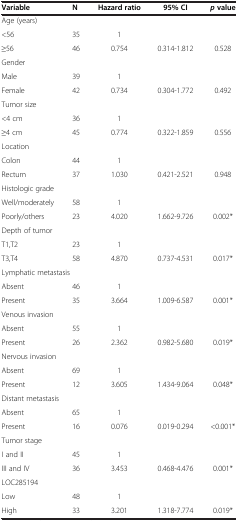
<table><thead><tr><td><b>Variable</b></td><td><b>N</b></td><td><b>Hazard ratio</b></td><td><b>95% CI</b></td><td><b><i>p </i>value</b></td></tr></thead><tbody><tr><td colspan="2">Age (years)</td><td> </td><td> </td><td> </td></tr><tr><td>&lt;56</td><td>35</td><td>1</td><td> </td><td> </td></tr><tr><td>≥56</td><td>46</td><td>0.754</td><td>0.314-1.812</td><td>0.528</td></tr><tr><td>Gender</td><td> </td><td> </td><td> </td><td> </td></tr><tr><td>Male</td><td>39</td><td>1</td><td> </td><td> </td></tr><tr><td>Female</td><td>42</td><td>0.734</td><td>0.304-1.772</td><td>0.492</td></tr><tr><td colspan="2">Tumor size</td><td> </td><td> </td><td> </td></tr><tr><td>&lt;4 cm</td><td>36</td><td>1</td><td> </td><td> </td></tr><tr><td>≥4 cm</td><td>45</td><td>0.774</td><td>0.322-1.859</td><td>0.556</td></tr><tr><td>Location</td><td> </td><td> </td><td> </td><td> </td></tr><tr><td>Colon</td><td>44</td><td>1</td><td> </td><td> </td></tr><tr><td>Rectum</td><td>37</td><td>1.030</td><td>0.421-2.521</td><td>0.948</td></tr><tr><td colspan="2">Histologic grade</td><td> </td><td> </td><td> </td></tr><tr><td>Well/moderately</td><td>58</td><td>1</td><td> </td><td> </td></tr><tr><td>Poorly/others</td><td>23</td><td>4.020</td><td>1.662-9.726</td><td>0.002*</td></tr><tr><td colspan="2">Depth of tumor</td><td> </td><td> </td><td> </td></tr><tr><td>T1,T2</td><td>23</td><td>1</td><td> </td><td> </td></tr><tr><td>T3,T4</td><td>58</td><td>4.870</td><td>0.737-4.531</td><td>0.017*</td></tr><tr><td colspan="2">Lymphatic metastasis</td><td> </td><td> </td><td> </td></tr><tr><td>Absent</td><td>46</td><td>1</td><td> </td><td> </td></tr><tr><td>Present</td><td>35</td><td>3.664</td><td>1.009-6.587</td><td>0.001*</td></tr><tr><td colspan="2">Venous invasion</td><td> </td><td> </td><td> </td></tr><tr><td>Absent</td><td>55</td><td>1</td><td> </td><td> </td></tr><tr><td>Present</td><td>26</td><td>2.362</td><td>0.982-5.680</td><td>0.019*</td></tr><tr><td colspan="2">Nervous invasion</td><td> </td><td> </td><td> </td></tr><tr><td>Absent</td><td>69</td><td>1</td><td> </td><td> </td></tr><tr><td>Present</td><td>12</td><td>3.605</td><td>1.434-9.064</td><td>0.048*</td></tr><tr><td colspan="2">Distant metastasis</td><td> </td><td> </td><td> </td></tr><tr><td>Absent</td><td>65</td><td>1</td><td> </td><td> </td></tr><tr><td>Present</td><td>16</td><td>0.076</td><td>0.019-0.294</td><td>&lt;0.001*</td></tr><tr><td colspan="2">Tumor stage</td><td> </td><td> </td><td> </td></tr><tr><td>I and II</td><td>45</td><td>1</td><td> </td><td> </td></tr><tr><td>III and IV</td><td>36</td><td>3.453</td><td>0.468-4.476</td><td>0.001*</td></tr><tr><td colspan="2">LOC285194</td><td> </td><td> </td><td> </td></tr><tr><td>Low</td><td>48</td><td>1</td><td> </td><td> </td></tr><tr><td>High</td><td>33</td><td>3.201</td><td>1.318-7.774</td><td>0.019*</td></tr></tbody></table>